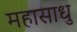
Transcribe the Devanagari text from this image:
महासाधु